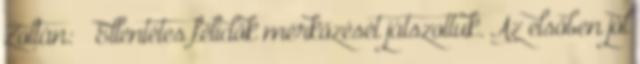
Zoltán: – Ellentétes félidők mérkőzését játszottuk. Az elsőben jól